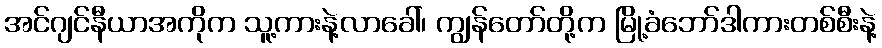
အင်ဂျင်နီယာအကိုက သူ့ကားနဲ့လာခေါ်၊ ကျွန်တော်တို့က မြို့ခံဘော်ဒါကားတစ်စီးနဲ့